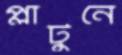
প্লাটুনে